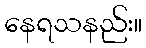
နေရသနည်း။